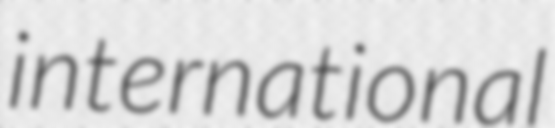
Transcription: international